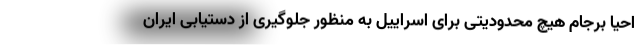
احیا برجام هیچ محدودیتی برای اسراییل به منظور جلوگیری از دستیابی ایران